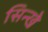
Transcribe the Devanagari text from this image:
सिन्खे